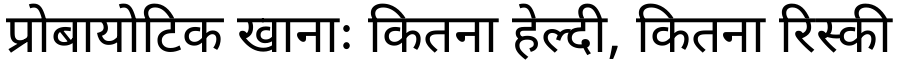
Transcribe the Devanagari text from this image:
प्रोबायोटिक खानाः कितना हेल्दी, कितना रिस्की